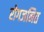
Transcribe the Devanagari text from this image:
रोगजनित